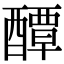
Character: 醰